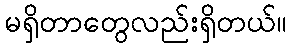
မရှိတာတွေလည်းရှိတယ်။